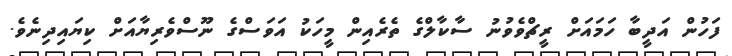
ފަހުން އަދީބާ ހަމައަށް ރީޗްވެވުނު ސާކާލްގެ ތެރެއިން މީހަކު އަވަސްގެ ނޫސްވެރިޔާއަށް ކިޔައިދިނެވެ.